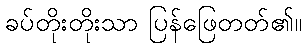
ခပ်တိုးတိုးသာ ပြန်ဖြေတတ်၏။